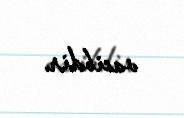
vacibdir.